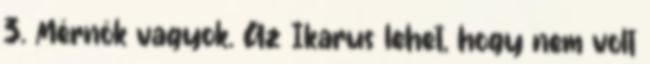
3. Mérnök vagyok. Az Ikarus lehet, hogy nem volt